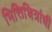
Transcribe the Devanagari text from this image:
भित्तिचित्रांची